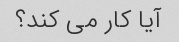
آیا کار می کند؟